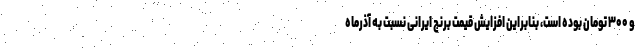
و ۳۰۰ تومان بوده است، بنابراین افزایش قیمت برنج ایرانی نسبت به آذرماه